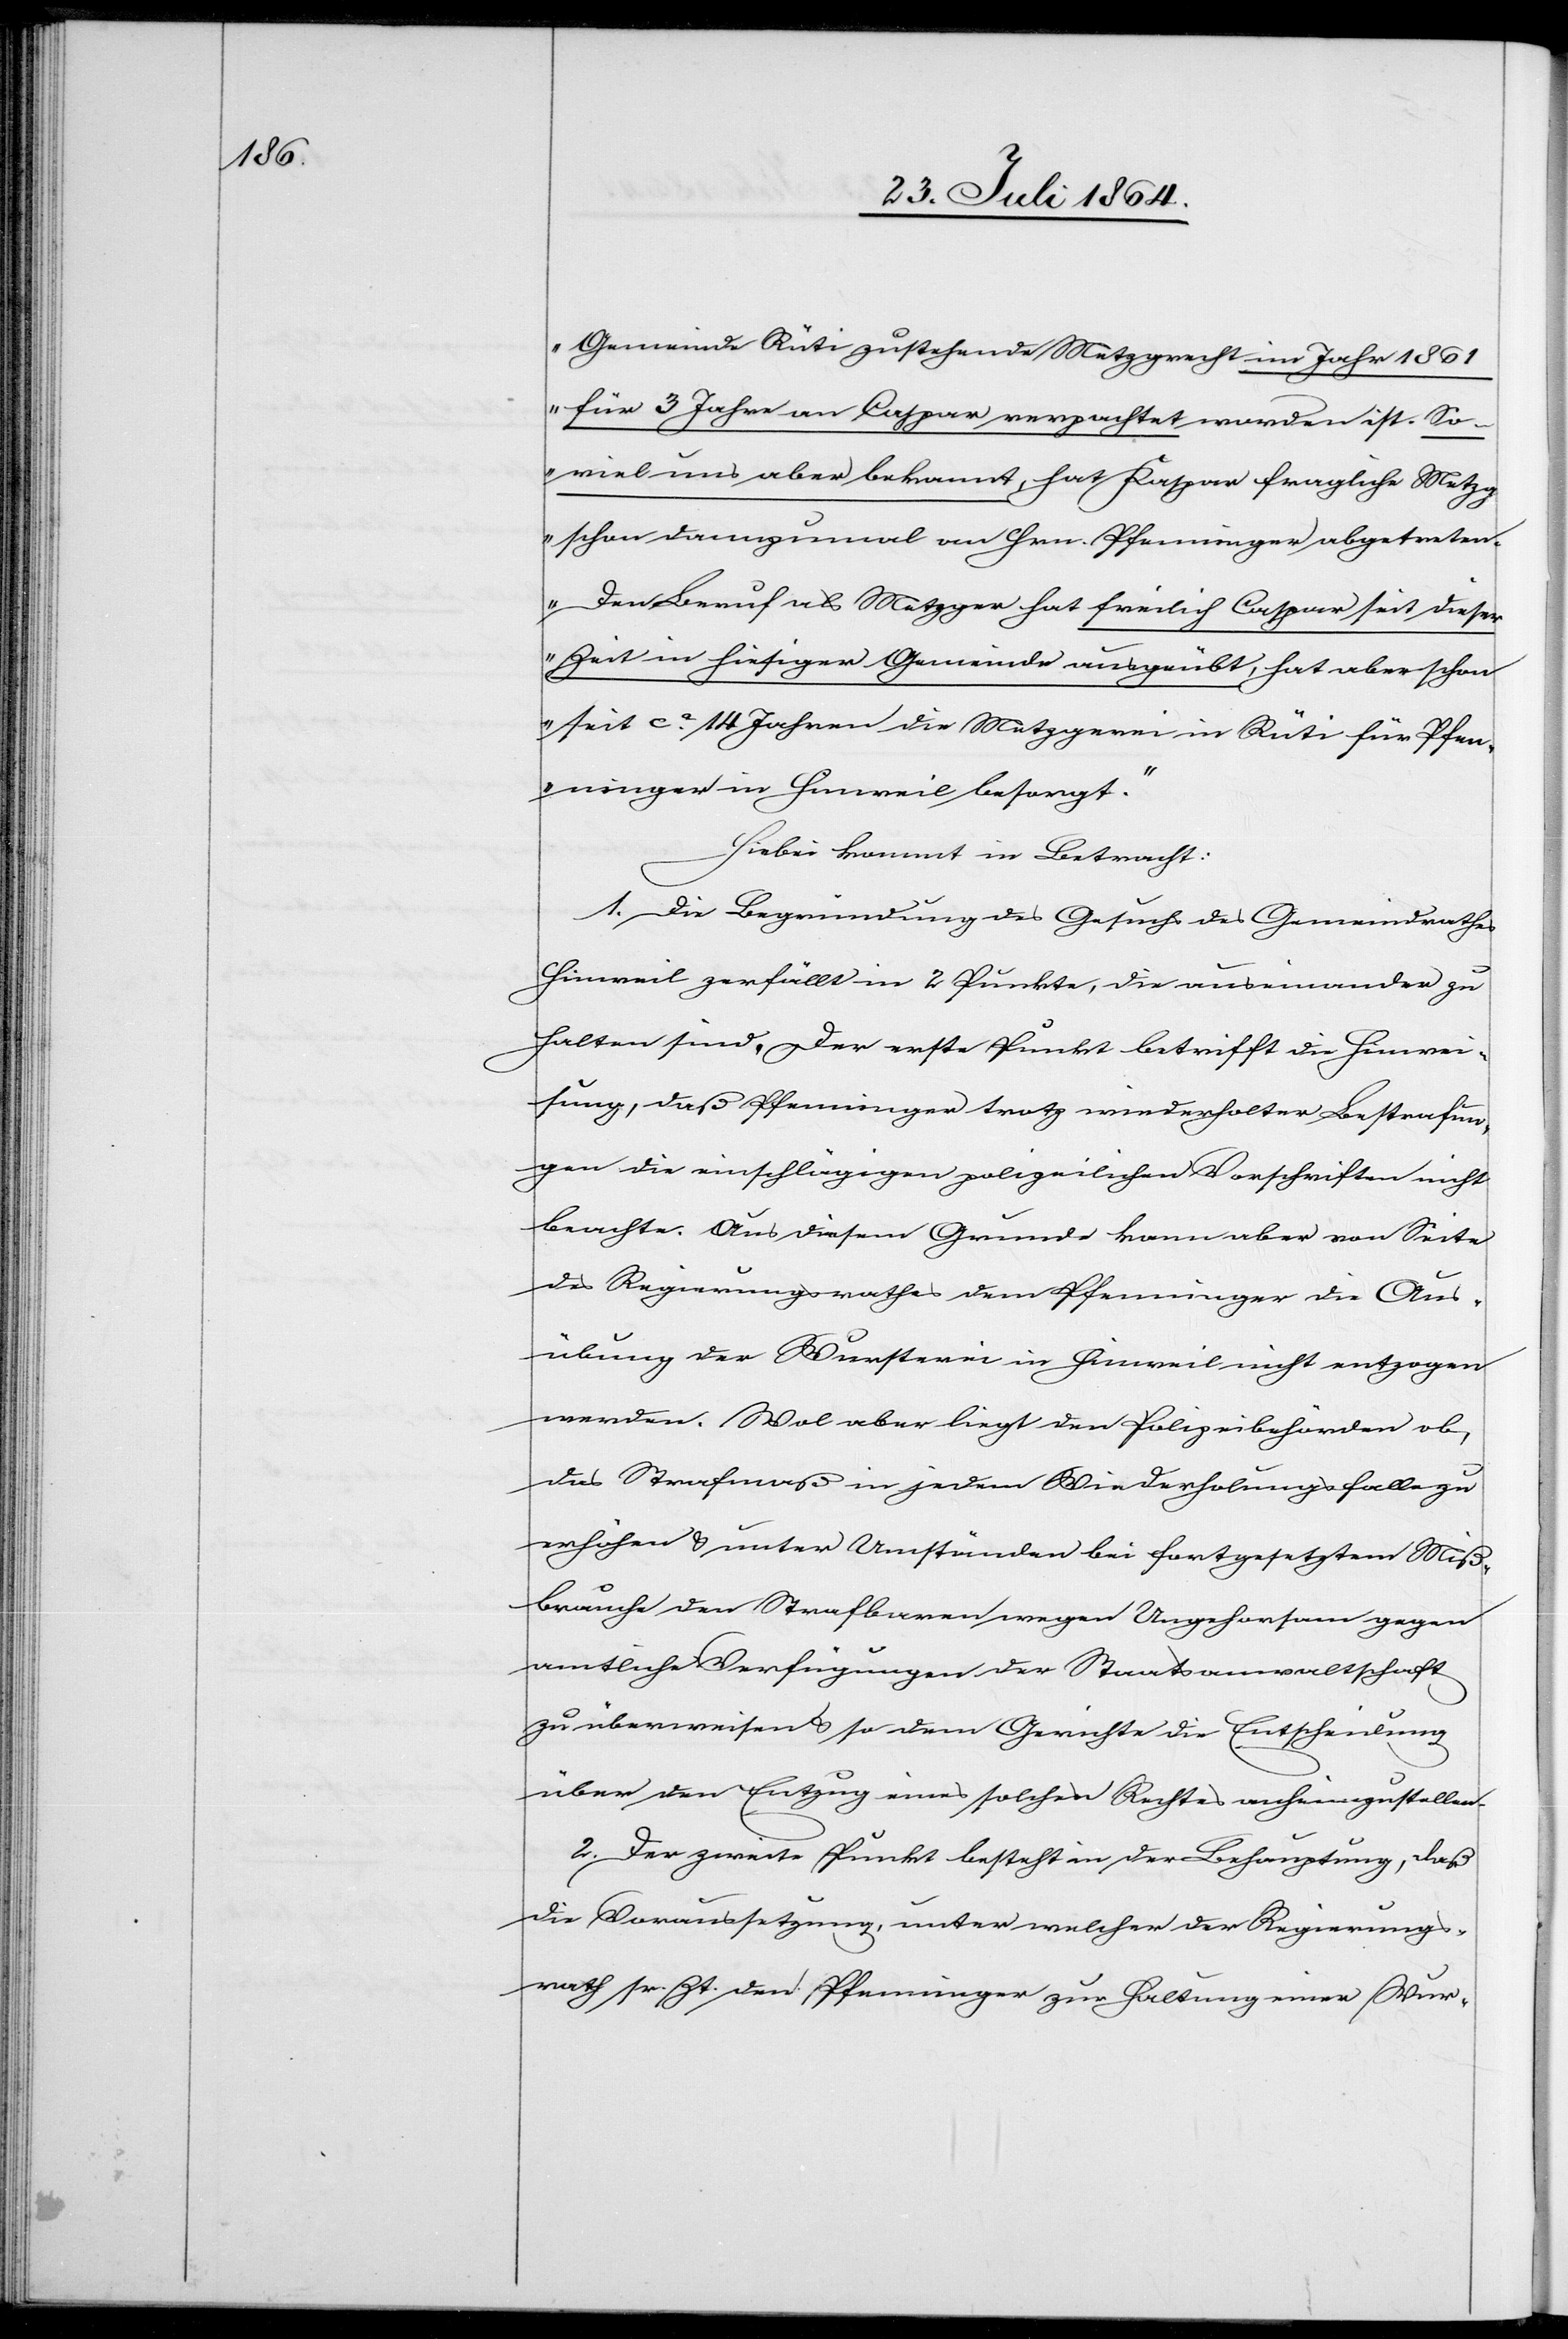
Gemeinde Rüti zustehende Metzgrecht im Jahr 1861
für 3 Jahre an Caspar verpachtet worden ist. So¬
viel uns aber bekommt, hat Kaspar [sic!] fragliche Metzg
schon dannzumal an Hrn. Pfenninger abgetreten.
Den Beruf als Metzger hat freilich Caspar seit dieser
Zeit in hiesiger Gemeinde ausgeübt, hat aber schon
seit ca. 14 Jahren die Metzgerei in Rüti für Pfen¬
ninger in Hinweil besorgt.“
Hiebei kommt in Betracht:
1. Die Begründung des Gesuchs des Gemeindrathes
Hinweil zerfällt in 2 Punkte, die auseinander zu
halten sind. Der erste Punkt betrifft die Hinwei¬
sung, daß Pfenninger trotz wiederholter Bestrafun¬
gen die einschlägigen polizeilichen Vorschriften nicht
beachte. Aus diesem Grunde kann aber von Seite
des Regierungsrathes dem Pfenninger die Aus¬
übung der Wursterei in Hinweil nicht entzogen
werden. Wol aber liegt den Polizeibehörden ob,
das Strafmaß in jedem Wiederholungsfalle zu
erhöhen & unter Umständen bei fortgesetztem Miß¬
brauche den Strafbaren wegen Ungehorsam gegen
amtliche Verfügungen der Staatsanwaltschaft
zu überweisen & so dem Gerichte die Entscheidung
über den Entzug eines solchen Rechtes anheimzustellen.
2. Der zweite Punkt besteht in der Behauptung, daß
die Voraussetzung, unter welcher der Regierungs¬
rath sr. Zt. dem Pfenninger zur Haltung einer Wur-